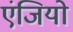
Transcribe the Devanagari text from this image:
एंजियो